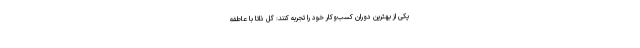
یکی از بهترین دوران کسب‌وکار خود را تجربه کنند: گل ذاتاً با عاطفه